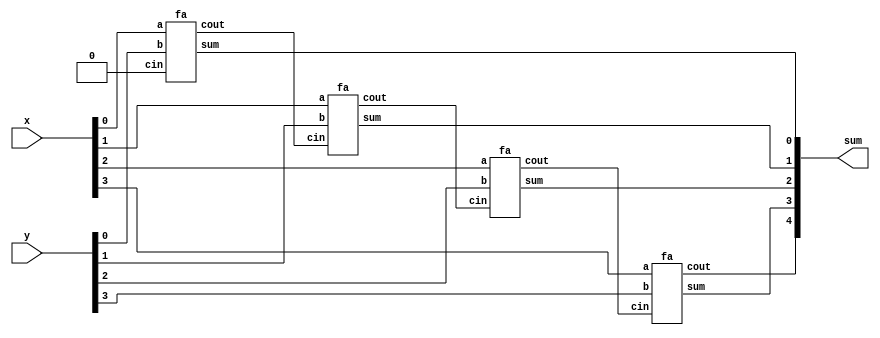
module top_module (
    input [3:0] x,
    input [3:0] y, 
    output [4:0] sum);

    wire [4:0] carry;
    assign carry[0] = 0;
    genvar i;
    generate
    	for (i=0; i<4; i=i+1) begin: fadderid
            fa fainst( x[i], y[i], carry[i], carry[i+1], sum[i]);
    	end
    endgenerate
    assign sum[4] = carry[4];
endmodule

// 1 bit Full adder module
module fa( 
    input a, b, cin,
    output cout, sum );
	assign sum = a ^ b ^ cin;
    assign cout = (a & b) | (b & cin) | (a & cin);
endmodule